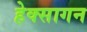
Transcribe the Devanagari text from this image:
हेक्सागन